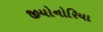
જીયોનોરિયા